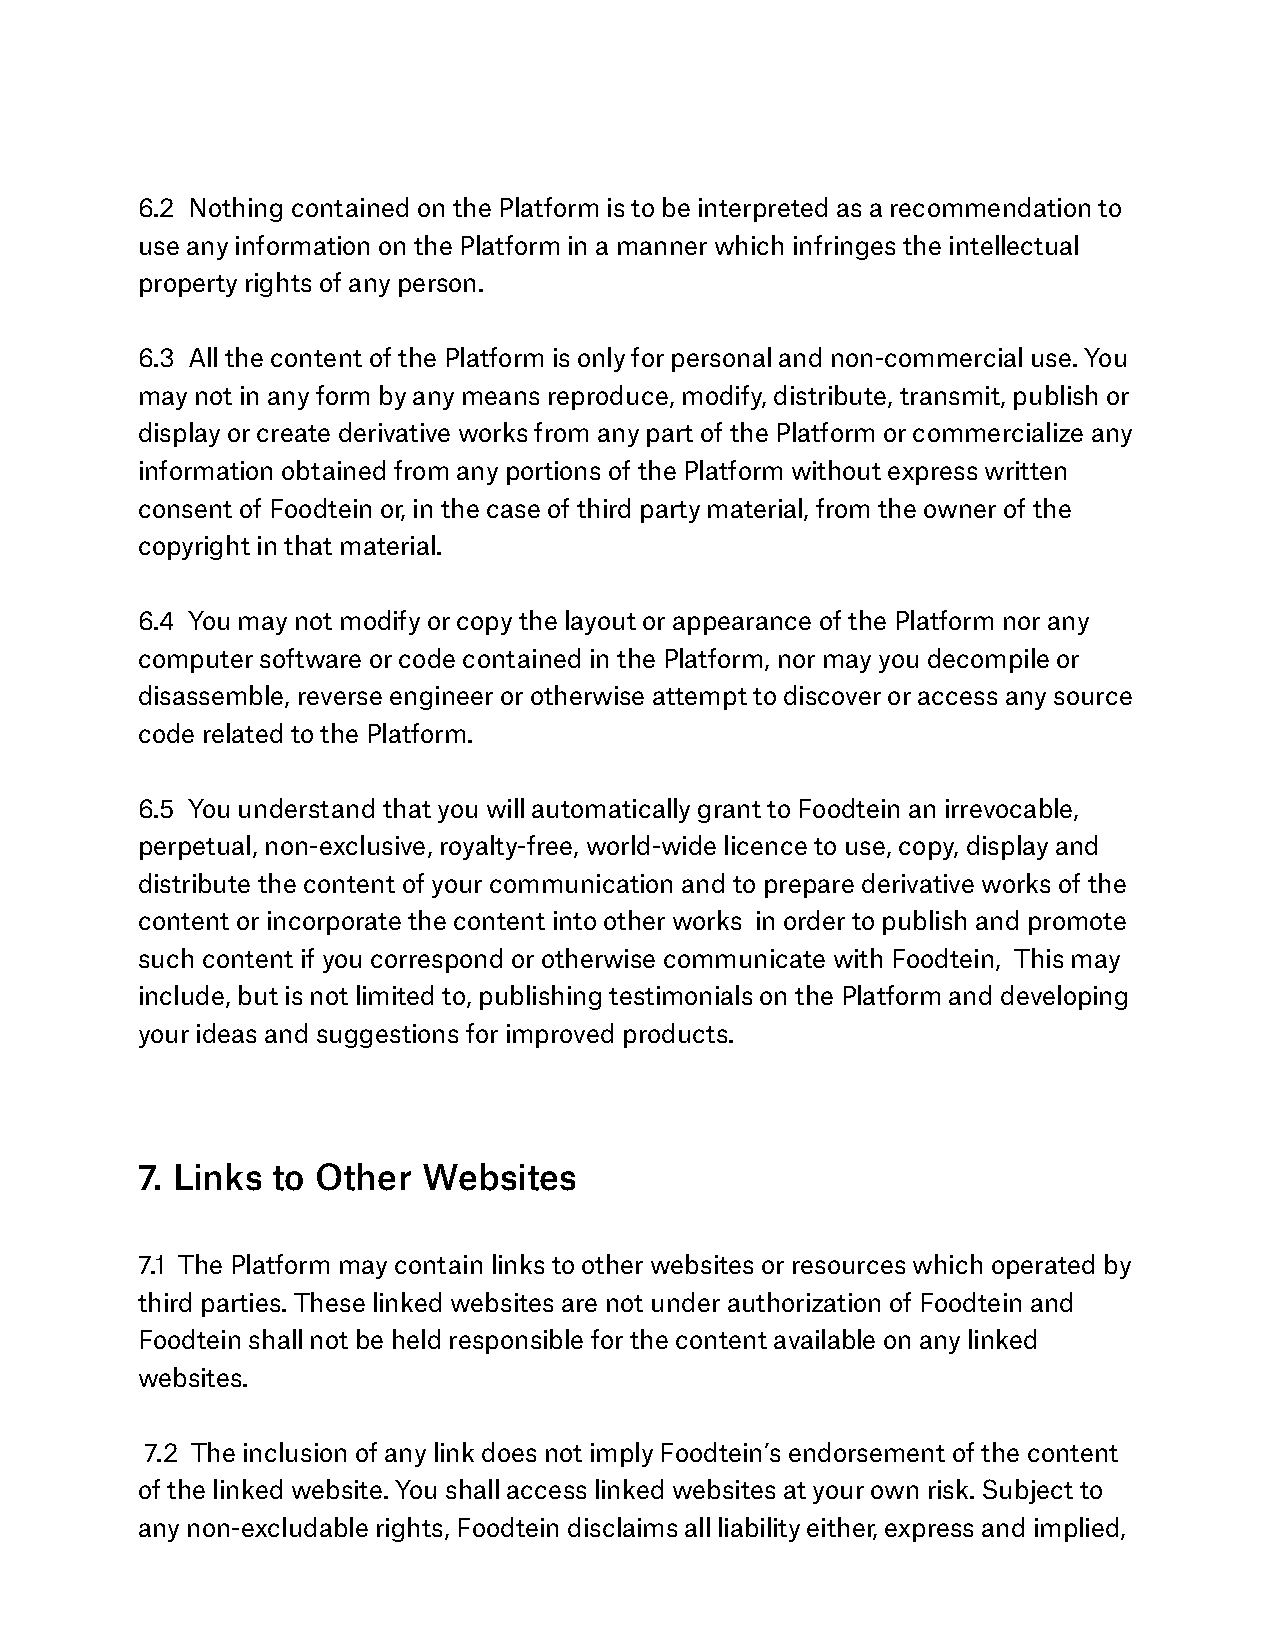
6.2 Nothing contained on the Platform is to be interpreted as a recommendation to
 use any information on the Platform in a manner which infringes the intellectual
 property rights of any person.
 6.3 All the content of the Platform is only for personal and non-commercial use. You
 may not in any form by any means reproduce, modify, distribute, transmit, publish or
 display or create derivative works from any part of the Platform or commercialize any
 information obtained from any portions of the Platform without express written
 consent of Foodtein or, in the case of third party material, from the owner of the
 copyright in that material.
 6.4 You may not modify or copy the layout or appearance of the Platform nor any
 computer software or code contained in the Platform, nor may you decompile or
 disassemble, reverse engineer or otherwise attempt to discover or access any source
 code related to the Platform.
 6.5 You understand that you will automatically grant to Foodtein an irrevocable,
 perpetual, non-exclusive, royalty-free, world-wide licence to use, copy, display and
 distribute the content of your communication and to prepare derivative works of the
 content or incorporate the content into other works in order to publish and promote
 such content if you correspond or otherwise communicate with Foodtein, This may
 include, but is not limited to, publishing testimonials on the Platform and developing
 your ideas and suggestions for improved products.
 7. Links to Other  Websites
 7.1 The Platform may contain links to other websites or resources which operated by
 third parties. These linked websites are not under authorization of Foodtein and
 Foodtein shall not be held responsible for the content available on any linked
 websites.
 7.2 The inclusion of any link does not imply Foodtein’s endorsement of the content
 of the linked website. You shall access linked websites at your own risk. Subject to
 any non-excludable rights, Foodtein disclaims all liability either, express and implied,